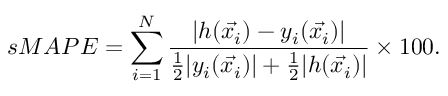
s M A P E = \sum _ { i = 1 } ^ { N } \frac { \lvert h ( \vec { x _ { i } } ) - y _ { i } ( \vec { x _ { i } } ) \rvert } { \frac { 1 } { 2 } \lvert y _ { i } ( \vec { x _ { i } } ) \rvert + \frac { 1 } { 2 } \lvert h ( \vec { x _ { i } } ) \rvert } \times 1 0 0 .